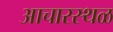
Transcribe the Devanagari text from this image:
आचारस्थळ